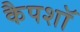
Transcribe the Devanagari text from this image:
कैपशॉ